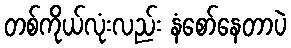
တစ်ကိုယ်လုံးလည်း နံစော်နေတာပဲ